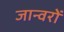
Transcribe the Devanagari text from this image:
जान्वरों